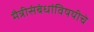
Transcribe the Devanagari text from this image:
मैत्रीसंबंधांविषयीचे